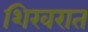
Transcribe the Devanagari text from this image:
शिखरात